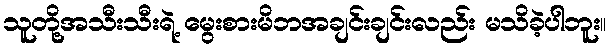
သူတို့အသီးသီးရဲ့ မွေးစားမိဘအချင်းချင်းလည်း မသိခဲ့ပါဘူး။